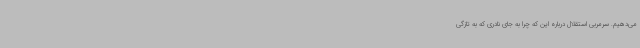
می‌دهیم. سرمربی استقلال درباره این که چرا به جای نادری که به تازگی